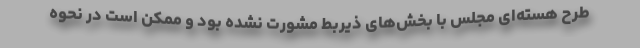
طرح هسته‌ای مجلس با بخش‌های ذیربط مشورت نشده بود و ممکن است در نحوه